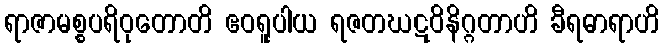
ရာဇာမစ္စပရိဝုတောတိ ဧဝရူပါယ ရဇတဃဋဝိနိဂ္ဂတာဟိ ခီရဓာရာဟိ